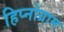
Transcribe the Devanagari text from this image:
हिप्नोग्राम